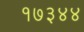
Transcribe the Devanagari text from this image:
१७३४४